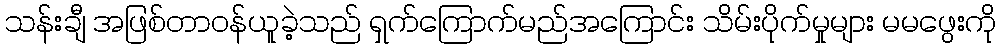
သန်းချီ အဖြစ်တာဝန်ယူခဲ့သည် ရှက်ကြောက်မည်အကြောင်း သိမ်းပိုက်မှုများ မမဖွေးကို